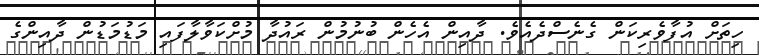
ހިތަށް އުފާވެރިކަން ގެނެސްދެއެވެ. ދާއިން އެހެން ބުނުމުން ރައުދާ މުށްކަވާލާފައި މަޑުމަޑުން ދާއިންގެ